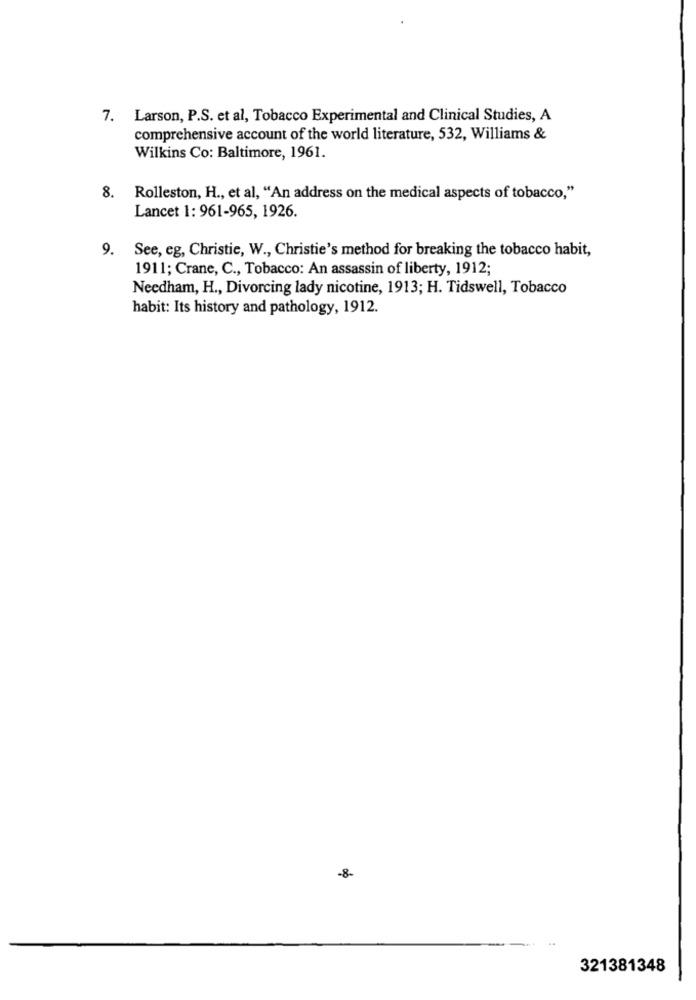
7. Larson, P.S. et al, Tobacco Experimental and Clinical Studies, A
comprehensive account of the world literature, 532, Williams &
Wilkins Co: Baltimore, 1961.
8. Rolleston, H ., et al, "An address on the medical aspects of tobacco,"
Lancet 1: 961-965, 1926.
9.
See, eg, Christie, W ., Christie's method for breaking the tobacco habit,
1911; Crane, C ., Tobacco: An assassin of liberty, 1912;
Needham, H ., Divorcing lady nicotine, 1913; H. Tidswell, Tobacco
habit: Its history and pathology, 1912.
-8-
321381348